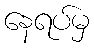
နေရပ်မှ